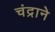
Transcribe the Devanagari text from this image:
चंद्राने